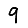
Digit: 9